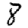
Digit: 8